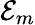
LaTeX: \mathcal{E}_{m}